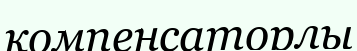
компенсаторлы